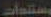
مستندات